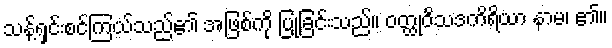
သန့်ရှင်းစင်ကြယ်သည်၏ အဖြစ်ကို ပြုခြင်းသည်။ ဝတ္ထုဝိသဒကိရိယာ နာမ၊ ၏။